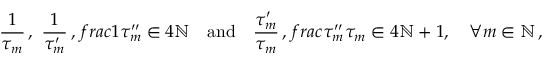
\frac { 1 } { \tau _ { m } } \, , \ \frac { 1 } { \tau _ { m } ^ { \prime } } \, , \, f r a c { 1 } { \tau _ { m } ^ { \prime \prime } } \in 4 \ensuremath { \mathbb { N } } \quad \mathrm { a n d } \quad \frac { \tau _ { m } ^ { \prime } } { \tau _ { m } } \, , \, f r a c { \tau _ { m } ^ { \prime \prime } } { \tau _ { m } } \in 4 \ensuremath { \mathbb { N } } + 1 , \quad \forall m \in \ensuremath { \mathbb { N } } \, ,